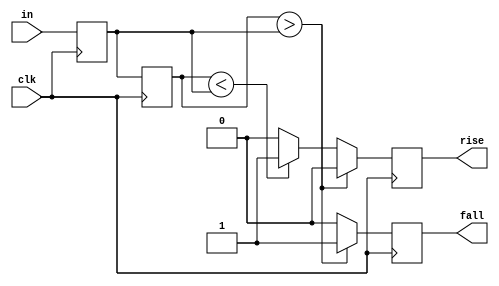
module sync_edge_detector_1(
	input in,
	input clk,
	
	output reg rise,
	output reg fall
);

reg t1;
reg t2;

initial 
begin
	rise <= 0;
	fall <= 0;
end

always @ (posedge clk)
begin
	t2 <= t1;
	t1 <= in;
	
	if(t2 > t1) begin
		rise <= 0;
		fall <= 1;
	end
	else if(t2 < t1) begin
		rise <= 1;
		fall <= 0;
	end
	else begin
		rise <= 0;
		fall <= 0;
	end
end

endmodule

module sync_edge_detector_3(
	input [2:0] in,
	input clk,
	
	output reg changed
);

reg [2:0] t1;
reg [2:0] t2;

initial
begin
	changed <= 0;
end

always @ (posedge clk)
begin
	t2 <= t1;
	t1 <= in;
	
	if(t1 != t2)
		changed <= 1;
	else 
		changed <= 0;
end

endmodule